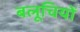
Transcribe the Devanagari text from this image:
बलूचियों